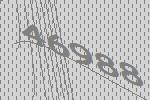
46988